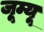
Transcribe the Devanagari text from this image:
जूम्यू